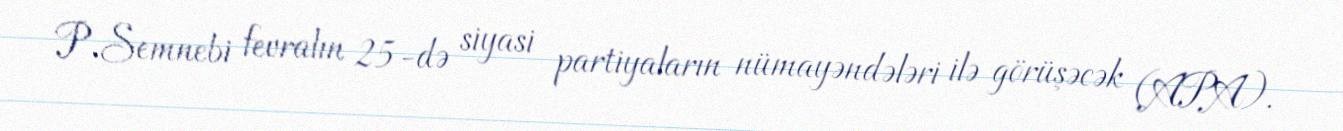
P.Semnebi fevralın 25-də siyasi partiyaların nümayəndələri ilə görüşəcək (APA).